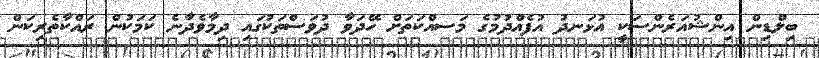
ބިލްޑިން އިންޝުއަރެންސަކީ އުޅަނދު އުފެއްދުމުގެ މަސއްކަތަށް ހޭދަވާ ދުވަސްތަކުގައި ދިމާވެދާނެ ކަމަކުން ރައްކާތެރިކަން